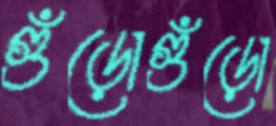
গুঁড়োগুঁড়ো